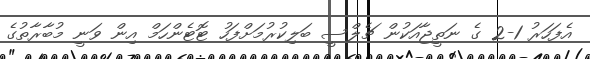
އެފަހަރު 1-2 ގެ ނަތީޖާއަކުން ޗެލްސީ ބަލިކުރުމަށްފަހު ޓޮޓެންހަމް އިން ވަނީ މުބާރާތުގެ